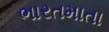
ભારતમાતા